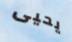
يحيى